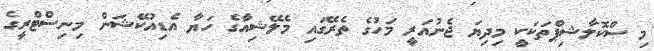
މި ސްކޮލާޝިޕްތަކަކީ މިދިޔަ ޖެނުއަރީ މަހުގެ ތެރޭގައި މެލޭޝިއާގެ ހަޔާ އެޑިއުކޭޝަން މިނިސްޓްރީގެ